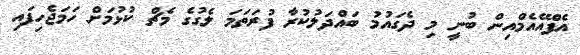
އެފްއޭއެމްއިން ބުނީ މި ދެގައުމު ބައްދަލުކުރާ ފުރަތަމަ ލެގުގެ މެޗް ކުޅުމަށް ހަމަޖެހިފައި